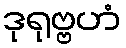
ဒုရုဗ္ဗဟံ